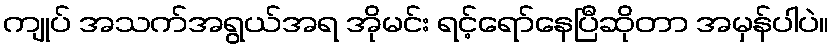
ကျုပ် အသက်အရွယ်အရ အိုမင်း ရင့်ရော်နေပြီဆိုတာ အမှန်ပါပဲ။